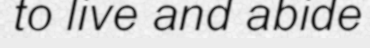
to live and abide